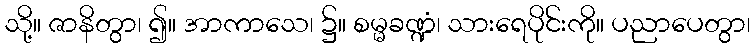
သို့။ ဇာနိတွာ၊ ၍။ အာကာသေ၊ ၌။ စမ္မခဏ္ဍံ၊ သားရေပိုင်းကို။ ပညာပေတွာ၊